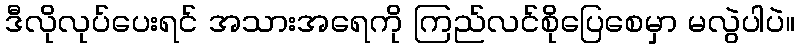
ဒီလိုလုပ်ပေးရင် အသားအရေကို ကြည်လင်စိုပြေစေမှာ မလွဲပါပဲ။